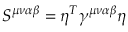
S ^ { \mu \nu \alpha \beta } = \eta ^ { T } \gamma ^ { \mu \nu \alpha \beta } \eta